Civil Veterinary Dept. Assam report 1927-50 - 1927-1950
Year: 1927
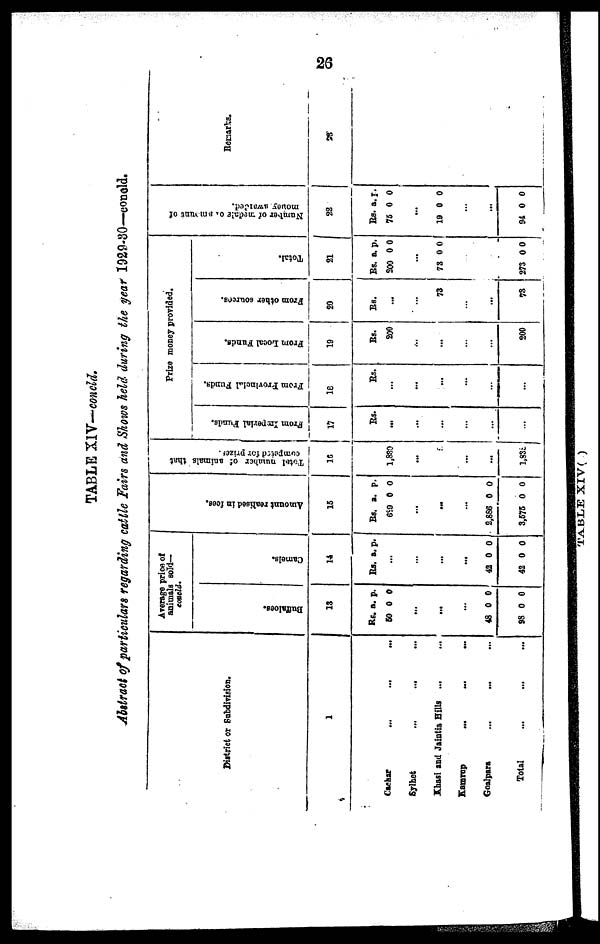
26
TABLE XIV—concld.
Abstract of particulars regarding cattle Fairs and Shows held during the year 1929-30—concld.
District or Subdivision.
1
Cachar
...
...
...
Sylhet ... ... ...
Khssi and Jaintia Hills ... ...
Kamrup
...
...
...
Goalpara ... ... ...
Total ... ... ...
Avenge price of
animals sold—
concld.
Buffaloes.
13
Rs. a. p.
60 0 0
...
...
...
48 0 0
98 0 0
Camels.
14
Rs. a. p.
...
...
...
...
42 0 0
42 0 0
Amo u n t r e a l i s e d in fees.
15
Rs. a. p.
689 0 0
...
...
...
2,886 0 0
3,678 0 0
Tot al number of animals that
competed for prizes.
16
1,880
...
...
...
...
1,838
Prize money provided.
From Imperial Funds.
17
Rs.
...
...
...
...
...
...
From Provincial Funds.
10
Rs.
...
...
...
...
...
...
From Local Funds.
19
Rs.
200
...
...
...
...
200
From other sources.
20
Rs.
...
...
78
...
...
78
Total.
21
Rs. a. p.
200 0 0
...
78 0 0
...
...
273 00
Number of medals or amount of
money aworded.
22
Rs. a. p.
75 0 0
...
19 0 0
...
...
94 0 0
Remarks.
93
TABLE XIV( )